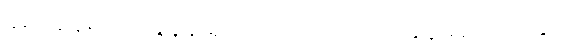
ခံစားနေရတဲ့ ရွှေနန်းရှင်ဘုရားကိုလည်း အပူမရှာကြပါနှင့်။